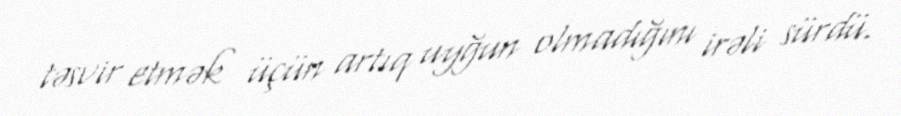
təsvir etmək üçün artıq uyğun olmadığını irəli sürdü.